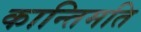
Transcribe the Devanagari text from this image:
कान्तिमति